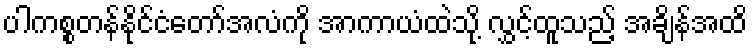
ပါကစ္စတန်နိုင်ငံတော်အလံကို အာကာယံထဲသို့ လွှင့်ထူသည့် အချိန်အထိ